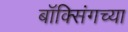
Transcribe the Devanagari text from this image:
बॉक्सिंगच्या